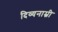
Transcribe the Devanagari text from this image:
दिव्यनाम्नी